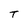
Character: T